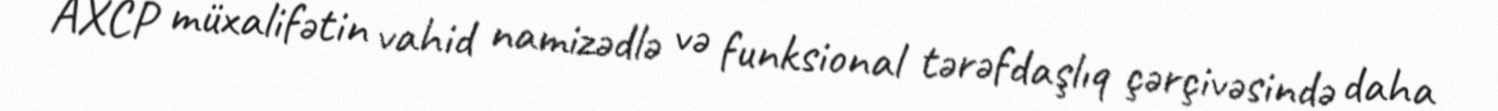
AXCP müxalifətin vahid namizədlə və funksional tərəfdaşlıq çərçivəsində daha